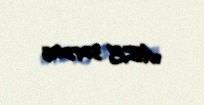
AZE 3272463